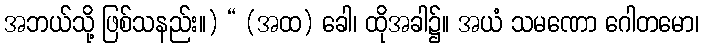
အဘယ်သို့ ဖြစ်သနည်း။) “ (အထ) ခေါ၊ ထိုအခါ၌။ အယံ သမဏော ဂေါတမော၊